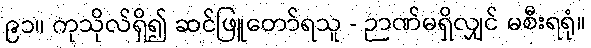
၉၁။ ကုသိုလ်ရှိ၍ ဆင်ဖြူတော်ရသူ - ဉာဏ်မရှိလျှင် မစီးရရုံ။